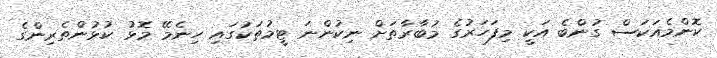
ކޮންމެއަކަސް ގުންބެ އަކީ މިފަހަރުގެ މުބާރާތަށް ނިކުންނަ ޓީމުތަކުގައި ހިނެމޭ މޮޅު ކުޅުންތެރިންގެ